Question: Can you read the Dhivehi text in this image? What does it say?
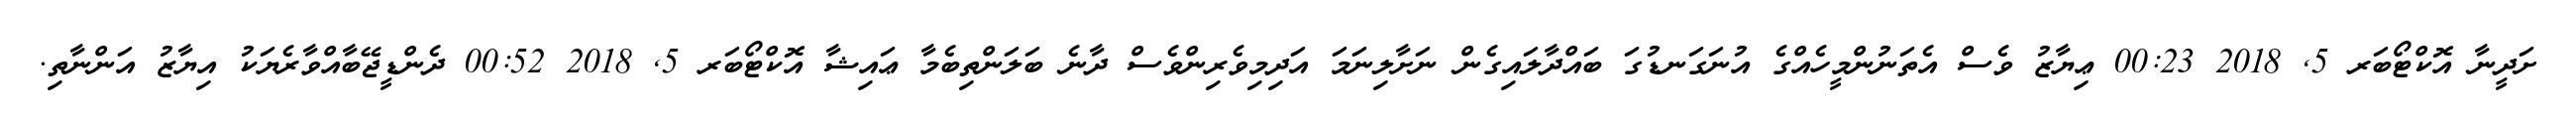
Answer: ށަދީނާ އޮކްޓޯބަރ 5, 2018 00:23 ޢިޔާޒު ވެސް އެތަނުންމީހެއްގެ އުނަގަނޑުގަ ބައްދާލައިގެން ނަށާލިނަމަ އަދިމިވެރިންވެސް ދާނެ ބަލަންތިބެމާ ޢައިޝާ އޮކްޓޯބަރ 5, 2018 00:52 ދެންޑީޖޭބާއްވާރެޔަކު އިޔާޒު އަންނާތި.